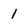
Character: 1